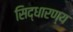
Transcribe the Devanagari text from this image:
सिद्धारण्य